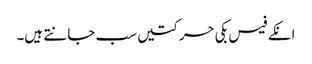
انکے فیس بکی حرکتیں سب جانتے ہیں۔